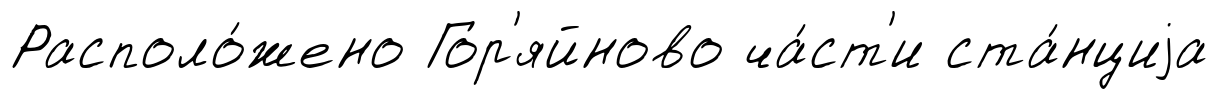
Располо́жено Гор'яйново ча́ст'и ста́нциjа